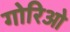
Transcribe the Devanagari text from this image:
गोरिओ